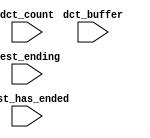
module altera_mem_if_ddr3_phy_0001_qsys_sequencer_cpu_inst_oci_test_bench (
                                                                            // inputs:
                                                                             dct_buffer,
                                                                             dct_count,
                                                                             test_ending,
                                                                             test_has_ended
                                                                          )
;

  input   [ 29: 0] dct_buffer;
  input   [  3: 0] dct_count;
  input            test_ending;
  input            test_has_ended;


endmodule